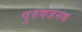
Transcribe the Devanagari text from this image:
पुरुषजनक